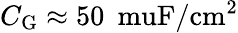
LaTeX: C_{\mathrm{G}}\approx 50\: \mathrm{\ muF/cm^{2}}